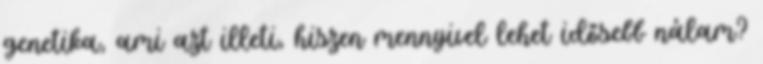
genetika, ami azt illeti, hiszen mennyivel lehet idősebb nálam?